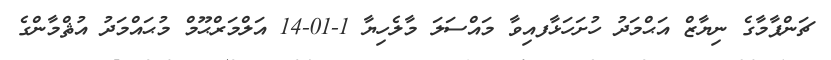
ޗަންޕާމާގެ ނިޔާޒް އަޙްމަދު ހުށަހަޅާފއިވާ މައްސަލަ މާލެހިޔާ 1-01-14 އަލްމަރްޙޫމް މުޙައްމަދު އުޘްމާންގެ